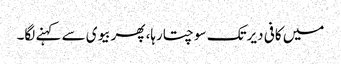
میں کافی دیرتک سوچتارہا، پھربیوی سے کہنے لگا۔